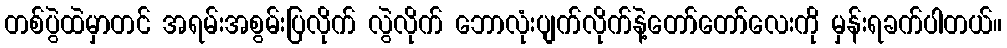
တစ်ပွဲထဲမှာတင် အရမ်းအစွမ်းပြလိုက် လွဲလိုက် ဘောလုံးပျက်လိုက်နဲ့တော်တော်လေးကို မှန်းရခက်ပါတယ်။